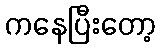
ကနေပြီးတော့